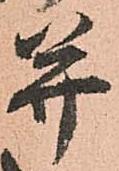
并